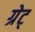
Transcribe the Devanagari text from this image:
ग्रेट्